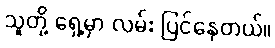
သူတို့ ရှေ့မှာ လမ်း ပြင်နေတယ်။